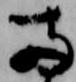
両